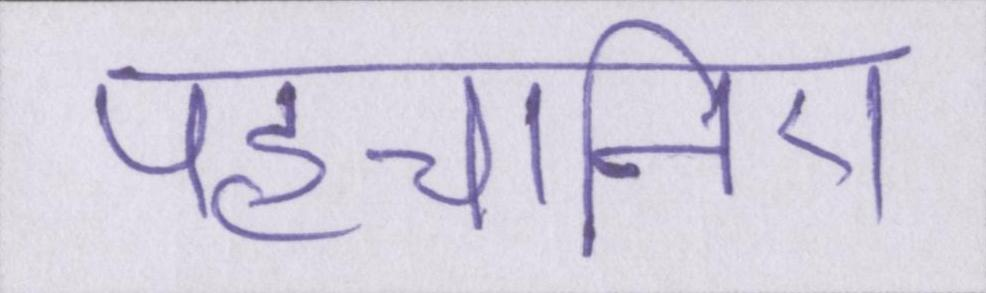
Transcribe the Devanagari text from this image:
पहचानिए